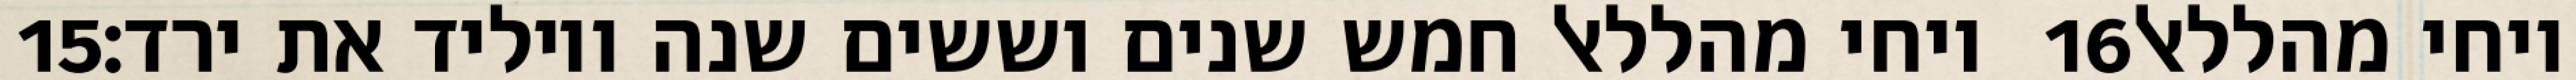
‎15‏ ויחי מהללאל חמש שנים וששים שנה ויוליד את ירד׃ ‎16‏ ויחי מהללאל